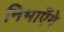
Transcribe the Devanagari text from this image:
निभाएँगे